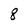
Character: g